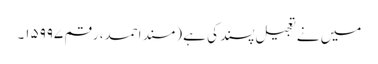
میں نے تعجیل پسند کی ہے (مسند احمد، رقم ۱۵۹۹۷۔